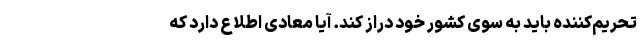
تحریم‌کننده باید به سوی کشور خود دراز کند. آیا معادی اطلاع دارد که